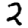
Digit: 2